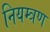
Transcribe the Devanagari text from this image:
नियम्त्रण